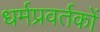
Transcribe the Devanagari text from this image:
धर्मप्रवर्तकों